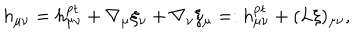
LaTeX: h _ { \mu \nu } = h _ { \mu \nu } ^ { \mathrm { p t } } + \nabla _ { \mu } \xi _ { \nu } + \nabla _ { \nu } \xi _ { \mu } = : h _ { \mu \nu } ^ { \mathrm { p t } } + ( L \xi ) _ { \mu \nu } ,